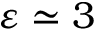
\varepsilon \simeq 3